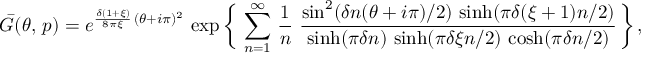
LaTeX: \bar { G } ( \theta , \, p ) = e ^ { \frac { \delta ( 1 + \xi ) } { 8 \pi \xi } \, ( \theta + i \pi ) ^ { 2 } } \, \exp \bigg \{ \, \sum _ { n = 1 } ^ { \infty } \, \frac { 1 } { n } \ \frac { \sin ^ { 2 } ( \delta n ( \theta + i \pi ) / 2 ) \, \sinh ( \pi \delta ( \xi + 1 ) n / 2 ) } { \sinh ( \pi \delta n ) \, \sinh ( \pi \delta \xi n / 2 ) \, \cosh ( \pi \delta n / 2 ) } \, \bigg \} \, ,